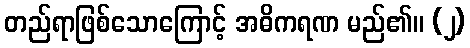
တည်ရာဖြစ်သောကြောင့် အဓိကရဏ မည်၏။ (၂)